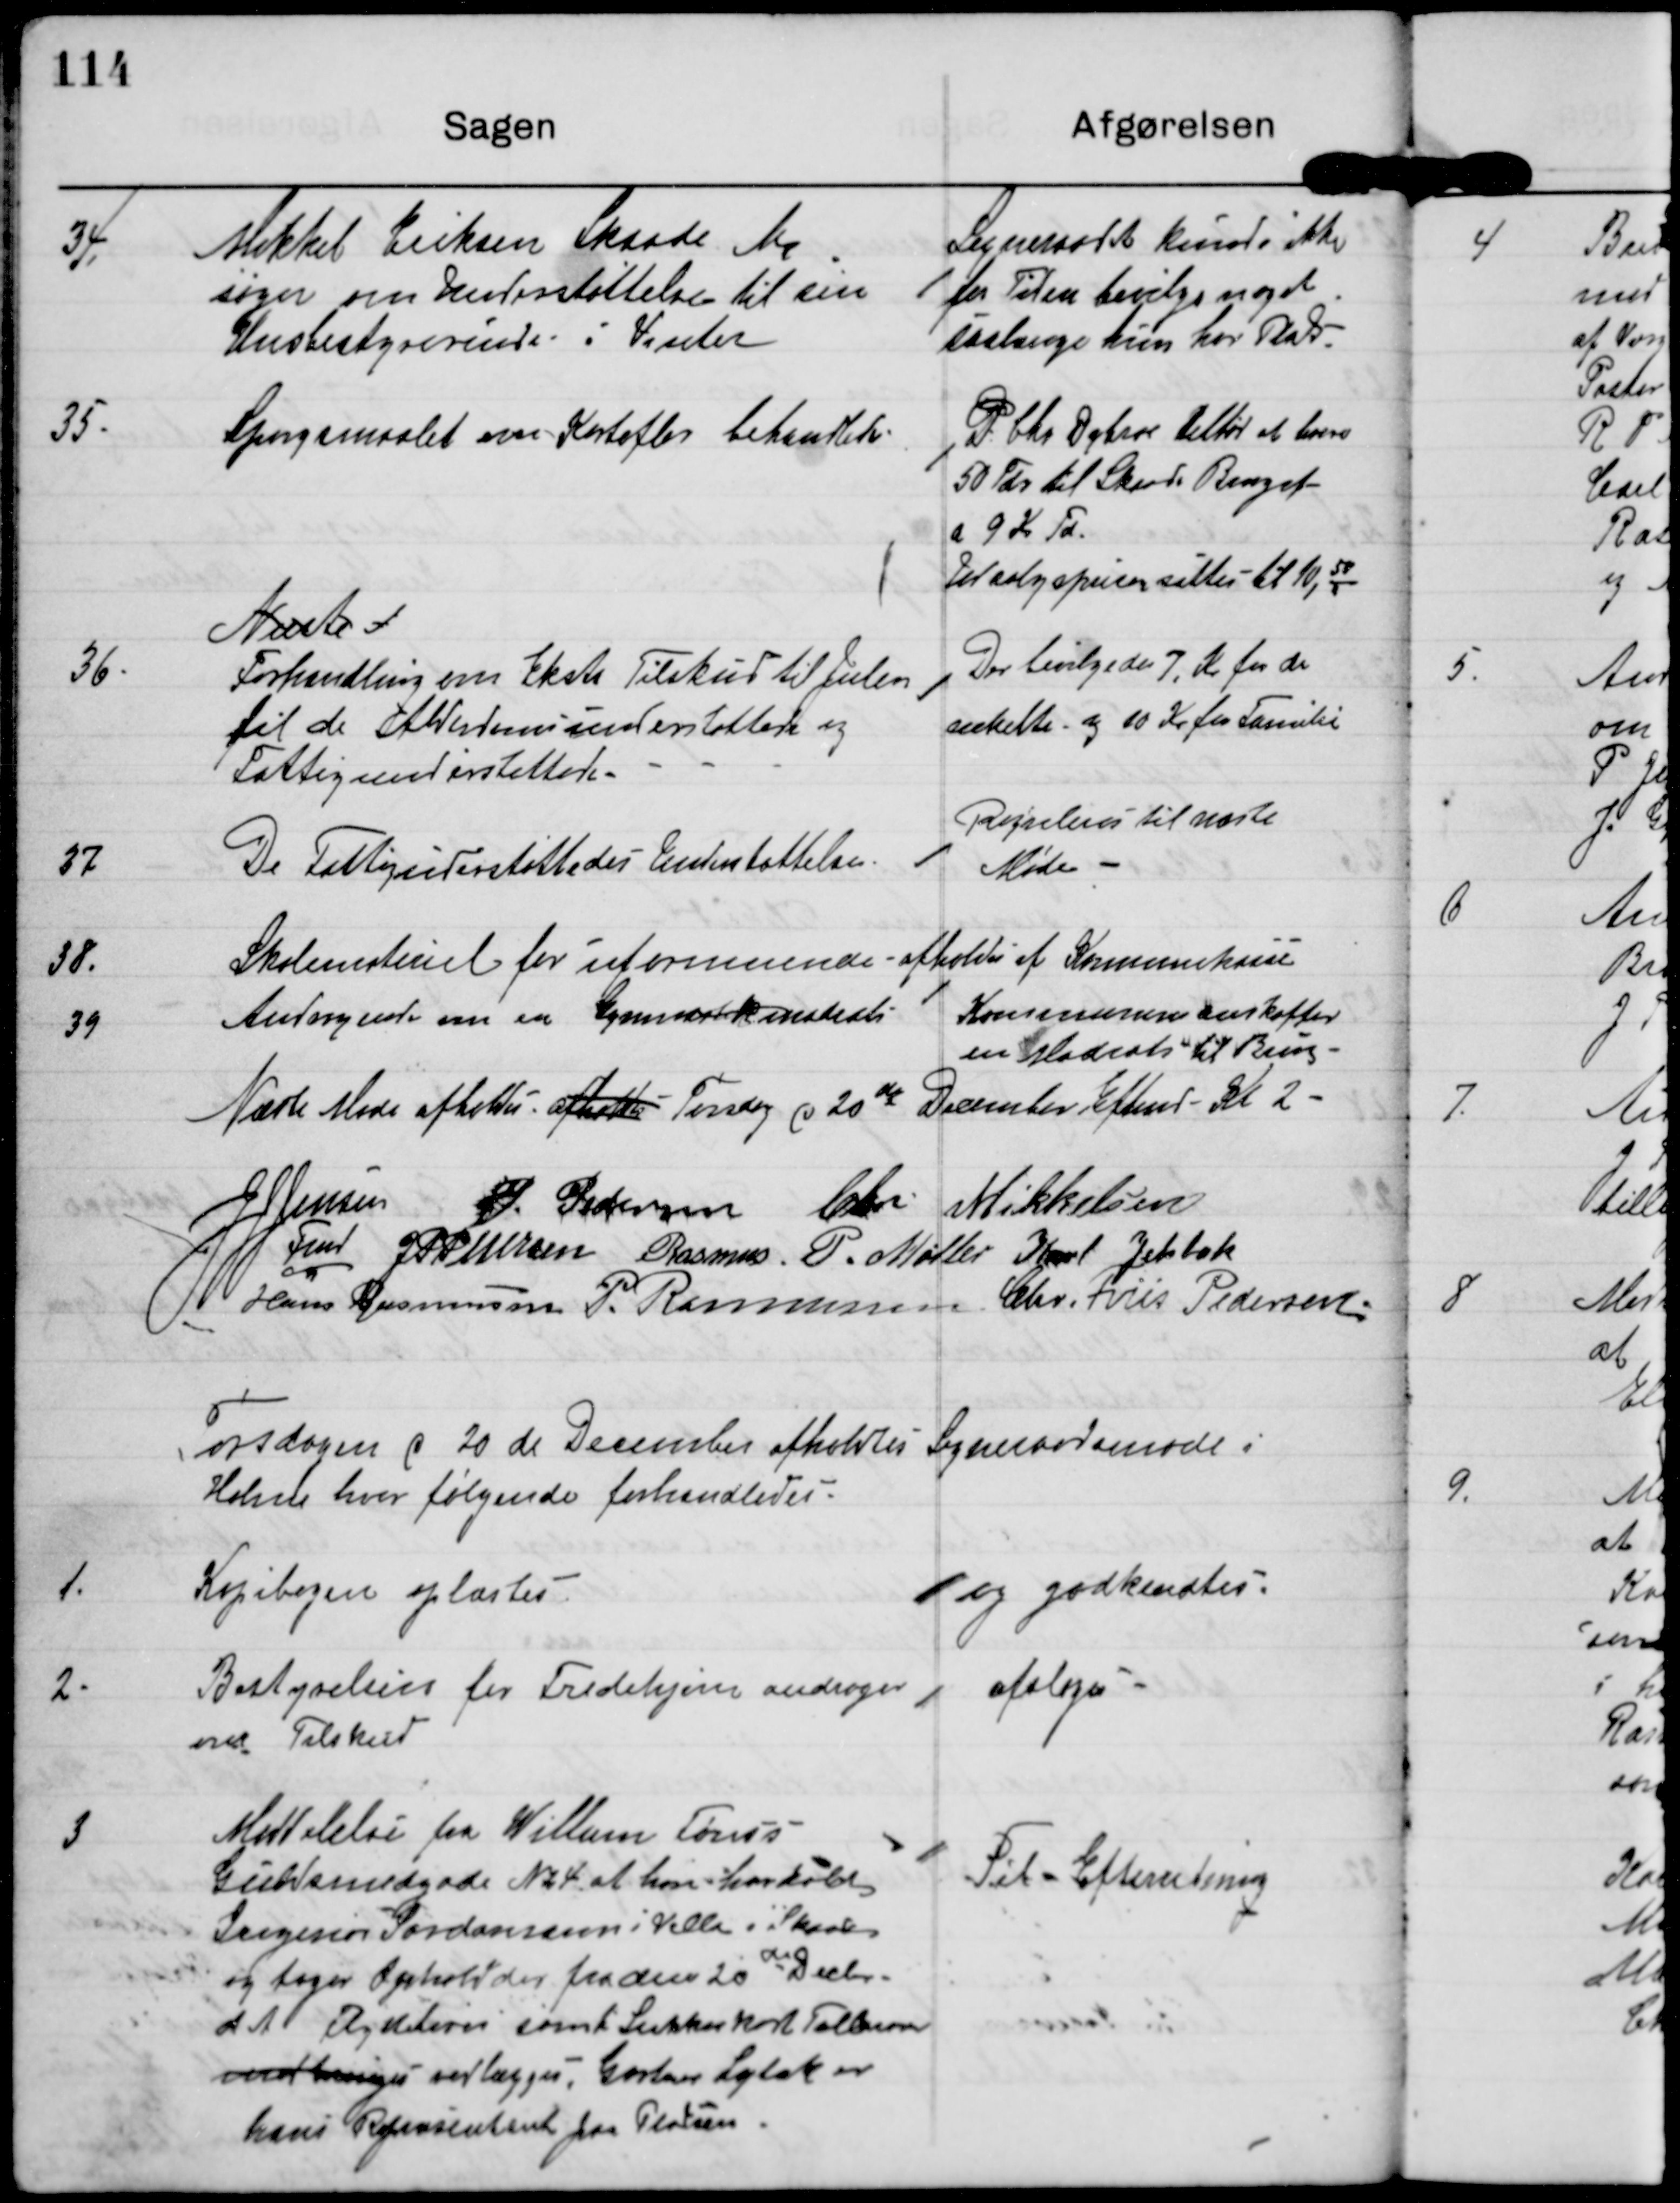
Transskription:
34.

Mikkel Eriksen Skaade M.
søger om Understøttelse til sin
Husbestyrerinde i Vinter

Sogneraadet kunde ikke
for Tiden bevilge noget
saalænge hun har Plads

35.

Spørgsmaalet om Kartofler behandledes.

P. Chr. Dybroe tilbød at levere
50 Tdr til Skaade Bruget
a 9 Kr Td.

Udsalgsprisen sættes til 10,58

36.

Næste
Forhandling om Ekstra Tilskud til Julen
til de Alderdomsunderstøttede og
Fattigunderstøttede.

Der bevilgedes 7 Kr for de
enkelte og 10 Kr for Familier

37

De Fattigunderstøttedes Understøttelse

Reguleres til næste
møde.

38

Skolemateriel for uformuende afholdes af Kommunekassen

39

Andragende om enGymnastik madrats.

Kommunen anskaffer
en Madrats til Brug.

Næste Møde afholdes afholdes Torsdag d 20de December Efterm Kl 1

J J Jensen

P. Pedersen

Chr. Mikkelsen

Fmd JP Pedersen

Rasmus P. Møller

Karl Jelsbak

Hans Rasmussen

P. Rasmussen

Chr. Friis Pedersen

Torsdagen d 20 de December afholdtes Sogneraadsmøde i
Holme hvor følgende forhandledes

1

Kopibogen oplæstes

og godkendtes

2

Bestyrelsen for Fredehjem andrager
om Tilskud

afsloges

3

Meddelelse fra Willum Fønss
Guldsmedgade N24 at han han købt
Ingeniør Sørdansens Villa i Skaade
og tager Ophold der fra den 20de Decbr.
d A. Flyttebevis samt Sukkerkort Tal?
medbringes  vedlægges. Gartner Lybek er
hans Repræsentant paa Pladsen.

Til Efterretning